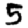
Digit: 5